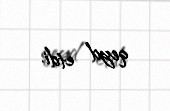
qeyd etdi.